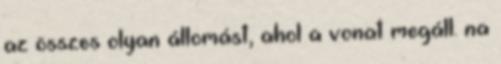
az összes olyan állomást, ahol a vonat megáll. na